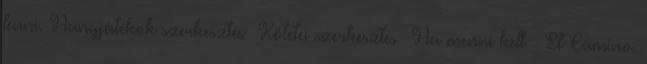
lenni. Hangjátékok szerkesztés Kötetei szerkesztés Ha menni kell – El Camino.